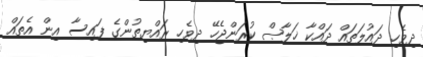
ދިވެހި ދައުލަތައް ދައްކާ ޚަލާޞް ކުރަންޖެހޭ ދިވެހި ރައްޔިތުންގެ ފައިސާ އިން އެތައް